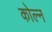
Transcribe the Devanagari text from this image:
कोल्न